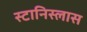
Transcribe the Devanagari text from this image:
स्टानिस्लास